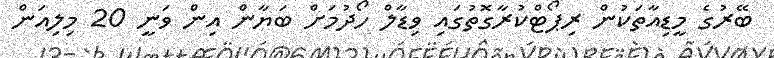
ބޭރުގެ މީޑިއާތަކުން ރިޕޯޓްކުރާގޮތުގައި ވިޑާލް ހޯދުމަށް ބަޔާން އިން ވަނީ 20 މިލިއަން